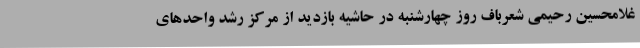
غلامحسین رحیمی شعرباف روز چهارشنبه در حاشیه بازدید از مرکز رشد واحدهای